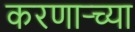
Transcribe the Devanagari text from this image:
करणार्‍च्या